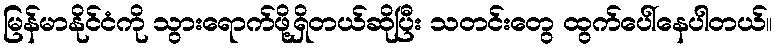
မြန်မာနိုင်ငံကို သွားရောက်ဖို့ရှိတယ်ဆိုပြီး သတင်းတွေ ထွက်ပေါ်နေပါတယ်။